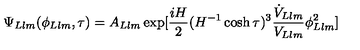
\Psi _ { L l m } ( \phi _ { L l m } , \tau ) = A _ { L l m } \exp [ \frac { i H } { 2 } ( H ^ { - 1 } \cosh \tau ) ^ { 3 } \frac { \dot { V } _ { L l m } } { V _ { L l m } } \phi _ { L l m } ^ { 2 } ]